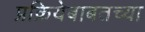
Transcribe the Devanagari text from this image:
प्रक्रियेबाबतच्या